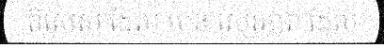
ពិសេស ដែល មាន ស្ថេរភាព ដែល